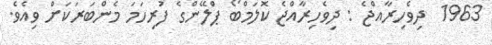
1963  ދިވެހިރާއްޖެ : ދިވެހިރާއްޖެ ކޮލަމްބޯ ޕްލޭންގެ ފުރިހަމަ މެންބަރަކަށް ވިއެވެ.